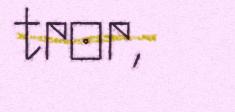
tror,